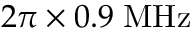
2 \pi \times 0 . 9 \; \mathrm { M H z }